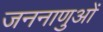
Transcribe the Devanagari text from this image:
जननाणुओं